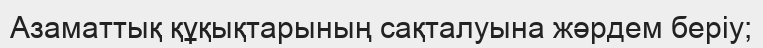
Азаматтық құқықтарының сақталуына жәрдем беріу;